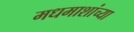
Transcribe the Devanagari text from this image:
मधमाशांच्या